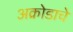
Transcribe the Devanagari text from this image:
अक्रोडाचे